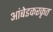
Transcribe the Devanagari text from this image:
आंबेडकरकृत